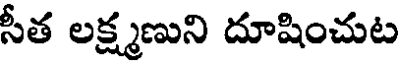
సీత లక్ష్మణుని దూషించుట